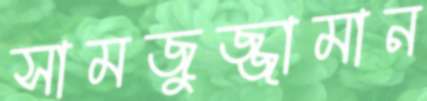
সামজুজ্জামান